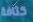
كثافة